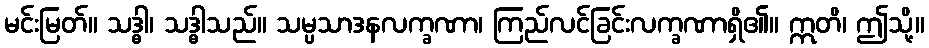
မင်းမြတ်။ သဒ္ဓါ၊ သဒ္ဓါသည်။ သမ္ပသာဒနလက္ခဏာ၊ ကြည်လင်ခြင်းလက္ခဏာရှိ၏။ ဣတိ၊ ဤသို့။